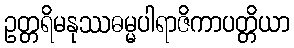
ဥတ္တရိမနုဿဓမ္မပါရာဇိကာပတ္တိယာ